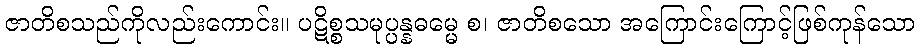
ဇာတိစသည်ကိုလည်းကောင်း။ ပဋိစ္စသမုပ္ပန္နဓမ္မေ စ၊ ဇာတိစသော အကြောင်းကြောင့်ဖြစ်ကုန်သော